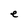
Character: e